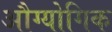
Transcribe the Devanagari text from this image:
औग्योगिक